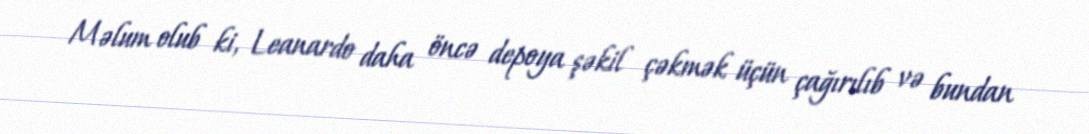
Məlum olub ki, Leanardo daha öncə depoya şəkil çəkmək üçün çağırılıb və bundan